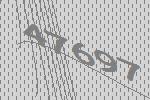
47697